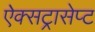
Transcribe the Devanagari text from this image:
ऐक्सट्रासेप्ट